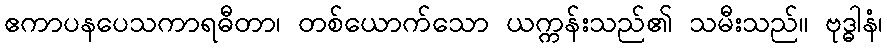
ဧကာပနပေသကာရဓီတာ၊ တစ်ယောက်သော ယက္ကန်းသည်၏ သမီးသည်။ ဗုဒ္ဓါနံ၊